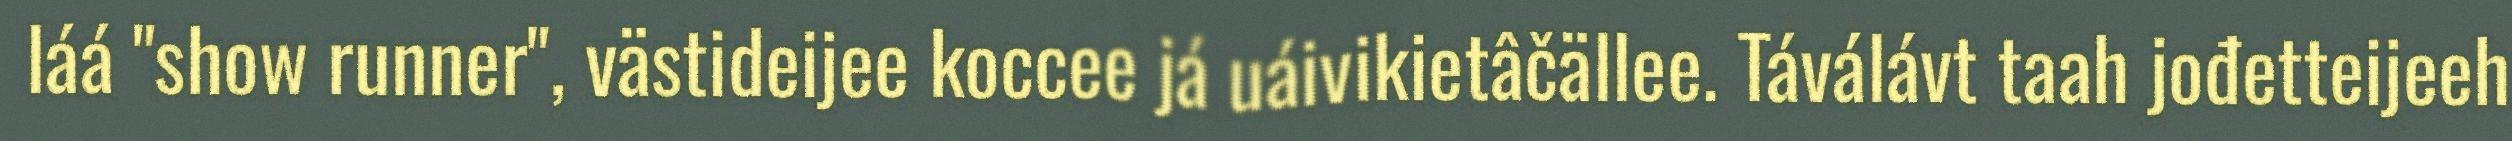
láá "show runner", västideijee koccee já uáivikietâčällee. Táválávt taah jođetteijeeh